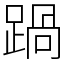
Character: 踻